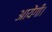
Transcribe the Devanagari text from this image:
आयेंगी।